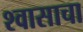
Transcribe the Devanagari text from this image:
श्वासाचा